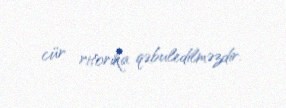
cür ritorika qəbuledilməzdir.